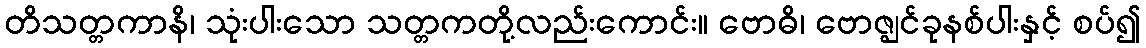
တိသတ္တကာနိ၊ သုံးပါးသော သတ္တကတို့လည်းကောင်း။ ဗောဓိ၊ ဗောဇ္ဈင်ခုနစ်ပါးနှင့် စပ်၍